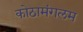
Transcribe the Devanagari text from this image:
कोठामंगलम